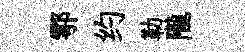
鄠约勒隴